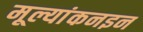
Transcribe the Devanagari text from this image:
मूल्यांकनइन